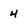
Character: 4